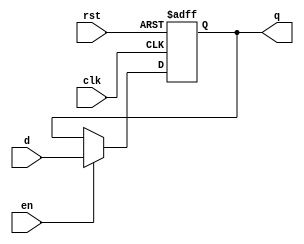
module output_register (
    input wire clk,      // Clock signal
    input wire en,       // Enable signal
    input wire rst,      // Reset signal (active high)
    input wire [7:0] d,  // Data input (8-bit wide for example)
    output reg [7:0] q   // Data output (8-bit wide)
);

    // Asynchronous reset with enable functionality
    always @(posedge clk or posedge rst) begin
        if (rst) begin
            q <= 8'b0;  // Reset output to zero
        end else if (en) begin
            q <= d;     // Capture data on clock edge if enabled
        end
        // If not enabled, retain the previous value of q
    end

endmodule